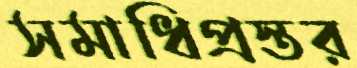
সমাধিপ্রস্তর